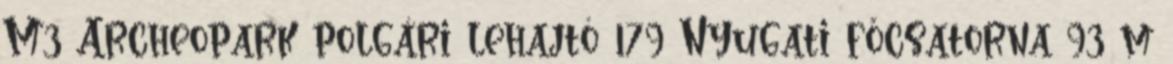
M3 Archeopark polgári lehajtó 179 Nyugati főcsatorna 93 m